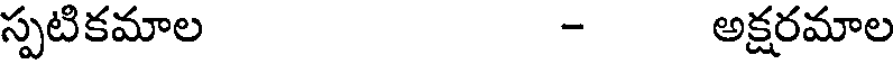
స్పటికమాల - అక్షరమాల